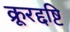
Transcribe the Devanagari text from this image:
क्रूरद्दष्टि